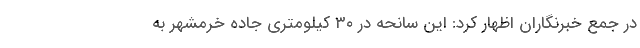
در جمع خبرنگاران اظهار کرد: این سانحه در ۳۰ کیلومتری جاده خرمشهر به